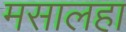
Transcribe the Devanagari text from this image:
मसालहा